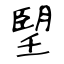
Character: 朢